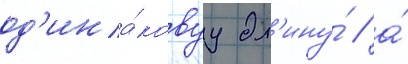
од'ина́ковуу дл'ину́ / а́